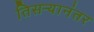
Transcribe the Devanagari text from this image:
तिसऱ्यानंतर